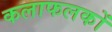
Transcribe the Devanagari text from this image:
कलाफलकों